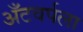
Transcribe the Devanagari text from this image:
अँटवर्पला